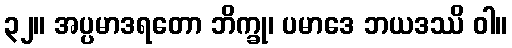
၃၂။ အပ္ပမာဒရတော ဘိက္ခု၊ ပမာဒေ ဘယဒဿိ ဝါ။